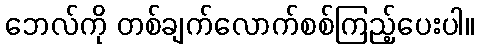
ဘေလ်ကို တစ်ချက်လောက်စစ်ကြည့်ပေးပါ။